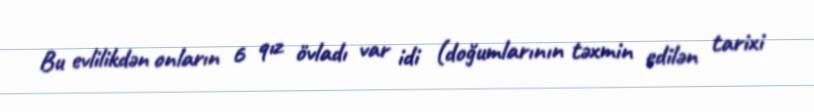
Bu evlilikdən onların 6 qız övladı var idi (doğumlarının təxmin edilən tarixi